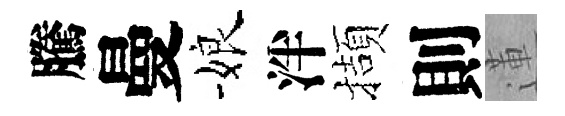
騰曼娘泮擷則蓮